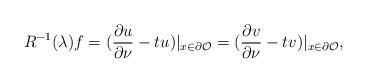
LaTeX: \begin{align*}R^{-1}(\lambda)f=(\frac{\partial u}{\partial \nu} - tu)|_{x\in \partial\mathcal O} = (\frac{\partial v}{\partial \nu} - tv)|_{x\in \partial\mathcal O},\end{align*}